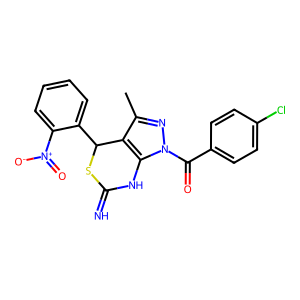
SMILES: Cc1nn(C(=O)c2ccc(Cl)cc2)c2c1C(c1ccccc1[N+](=O)[O-])SC(=N)N2
Inhibits HIV replication: No